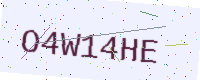
Text: O4W14HE